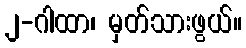
၂-ဂါထာ၊ မှတ်သားဖွယ်။